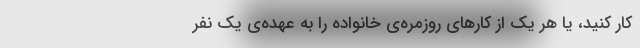
کار کنید، یا هر یک از کار‌های روزمره‌ی خانواده را به عهده‌ی یک نفر